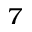
^ { 7 }